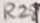
Text: R28